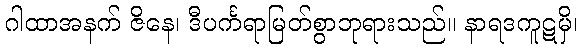
ဂါထာအနက် ဇိနေ၊ ဒီပင်္ကရာမြတ်စွာဘုရားသည်။ နာရဒကူဋမှိ၊